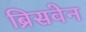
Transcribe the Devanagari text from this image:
ब्रिसवेन